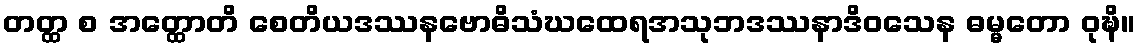
တတ္ထ စ အတ္ထောတိ စေတိယဒဿနဗောဓိသံဃထေရအသုဘဒဿနာဒိဝသေန ဓမ္မတော ဝုဍ္ဎိ။